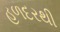
હળદરથી